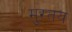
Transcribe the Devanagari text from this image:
मुरतय